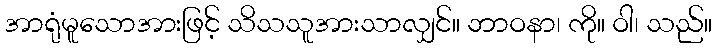
အာရုံမူသောအားဖြင့် သိသသူအားသာလျှင်။ ဘာဝနာ၊ ကို။ ဝါ၊ သည်။